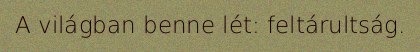
A világban benne lét: feltárultság.